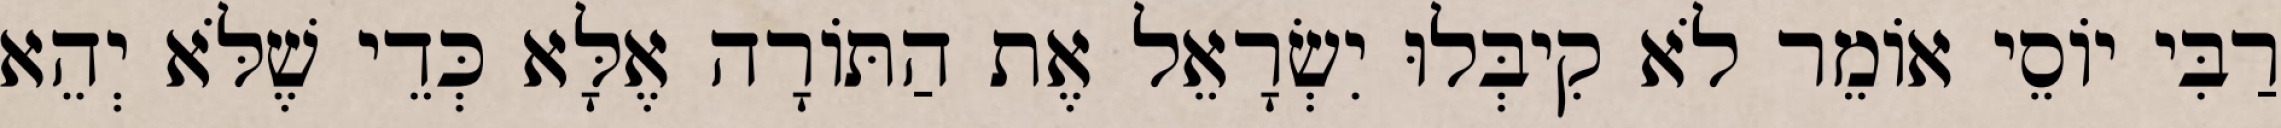
רַבִּי יוֹסֵי אוֹמֵר לֹא קִיבְּלוּ יִשְׂרָאֵל אֶת הַתּוֹרָה אֶלָּא כְּדֵי שֶׁלֹּא יְהֵא